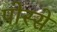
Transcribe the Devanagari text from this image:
पोस्से